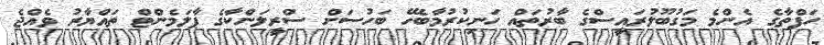
ހަފްތާގެ އެންމެ މަގުބޫލުރައީސްގެ ބާރުތައް ހަނިކުރުމާބެހޭ ބަހުސަށް ސްރީލަންކާގެ ޕާލަމެންޓް ތައްޔާރު ވެއްޖެ